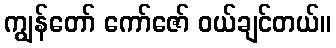
ကျွန်တော် ကော်ဇော် ဝယ်ချင်တယ်။